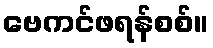
ဗေကင်ဖရန်စစ်။